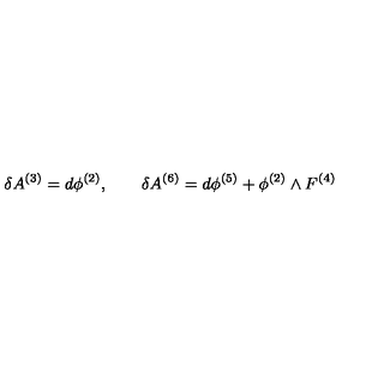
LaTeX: \delta A ^ { ( 3 ) } = d \phi ^ { ( 2 ) } , \qquad \delta A ^ { ( 6 ) } = d \phi ^ { ( 5 ) } + \phi ^ { ( 2 ) } \wedge F ^ { ( 4 ) }